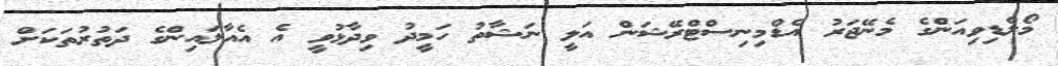
މޯލްޑިވިއަންގެ މެނޭޖަރު އެޑްމިނިސްޓްރޭޝަން އަލީ ނަޝާތު ހަމީދު ވިދާޅުވީ އެ އެއާލައިންގެ ދަތުރުތަކަށް